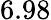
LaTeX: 6.98